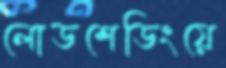
লোডশেডিংয়ে